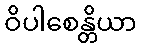
ဝိပါစေန္တိယာ